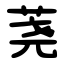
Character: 荛